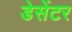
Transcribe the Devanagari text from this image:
डेसेंटर